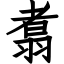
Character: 翥